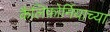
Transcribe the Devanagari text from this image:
कैलिफ़ोर्नियाच्या